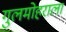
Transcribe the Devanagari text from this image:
गुलमोहराला